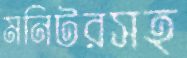
মনিটরসহ